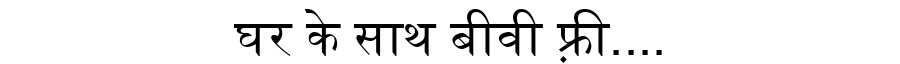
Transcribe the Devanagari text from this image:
घर के साथ बीवी फ़्री....